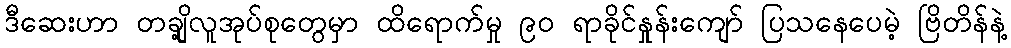
ဒီဆေးဟာ တချို့လူအုပ်စုတွေမှာ ထိရောက်မှု ၉၀ ရာခိုင်နှုန်းကျော် ပြသနေပေမဲ့ ဗြိတိန်နဲ့